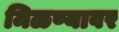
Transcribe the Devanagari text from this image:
मिळण्यावर